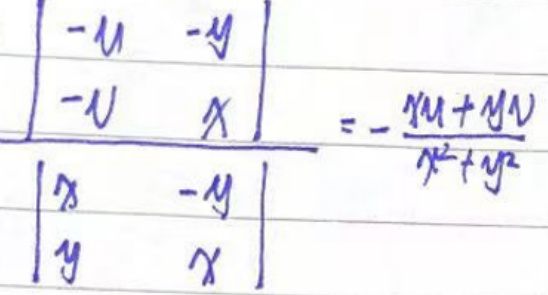
\begin{vmatrix}
-u & -v \\
-v & x
\end{vmatrix}
\begin{vmatrix}
x & -v \\
y & x
\end{vmatrix}
= \frac{-u(x^2 + v^2)}{x^2 + v^2}